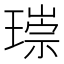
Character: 𤨲